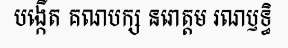
បង្កើត គណបក្ស នរោត្តម រណឫទ្ធិ